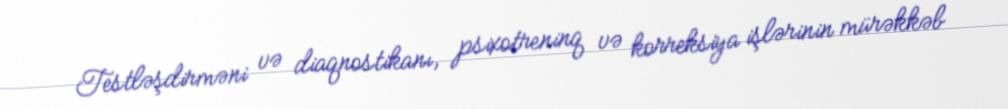
Testləşdirməni və diaqnostikanı, psixotreninq və korreksiya işlərinin mürəkkəb